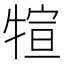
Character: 𤚗